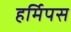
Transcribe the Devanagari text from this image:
हर्मिपस